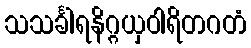
သသင်္ခါရနိဂ္ဂယှဝါရိတဂတံ